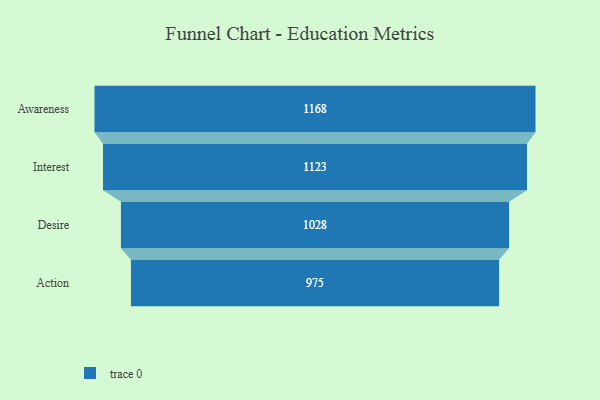
{"axis": {"x": "Stage", "y": "Value"}, "legend": [""], "data": [{"x": "Awareness", "y": 1168.0, "type": ""}, {"x": "Interest", "y": 1123.0, "type": ""}, {"x": "Desire", "y": 1028.0, "type": ""}, {"x": "Action", "y": 975.0, "type": ""}]}